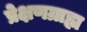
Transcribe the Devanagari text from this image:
प्रेक्षणग्राह्य